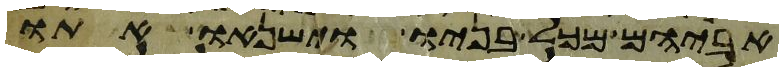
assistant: אביהם מכל בניו וישנאו אתו